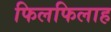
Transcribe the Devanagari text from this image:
फिलफिलाह